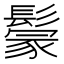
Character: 𩮡